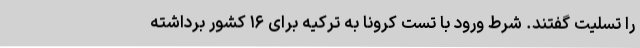
را تسلیت گفتند. شرط ورود با تست کرونا به ترکیه برای ۱۶ کشور برداشته